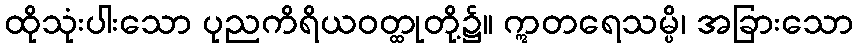
ထိုသုံးပါးသော ပုညကိရိယဝတ္ထုတို့၌။ ဣတရေသမ္ပိ၊ အခြားသော